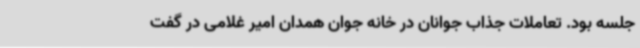
جلسه بود. تعاملات جذاب جوانان در خانه جوان همدان امیر غلامی در گفت